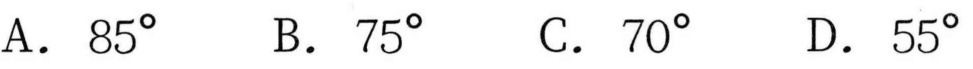
A. \(85^{\circ}\)  B. \(75^{\circ}\)  C. \(70^{\circ}\)  D. \(55^{\circ}\)